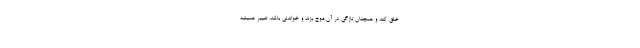
خلق کند و همچنان تازگی در آن موج بزند و خواندنی باشد. تغییر همیشه